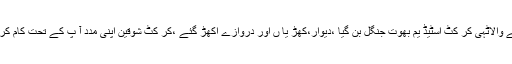
تلہ گنگ (نما ئندہ بول تلہ گنگ )لا کھوں روپے سے بننے والاٹہی کر کٹ اسٹیڈ یم بھوت جنگل بن گیا ،دیوار،کھڑ یا ں اور دروازے اکھڑ گئے ،کر کٹ شوقین اپنی مدد آ پ کے تحت کام کروا کر گزارا چلا رہے ہیں ،ڈی سی او چکوال تو جہ دیں ۔